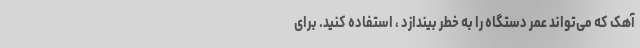
آهک که می‌تواند عمر دستگاه را به خطر بیندازد ، استفاده کنید. برای